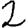
Digit: 2